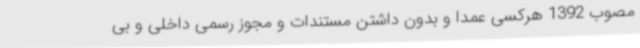
مصوب 1392 هرکسی عمداً و بدون داشتن مستندات و مجوز رسمی داخلی و بی